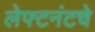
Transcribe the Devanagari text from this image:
लेफ्टनंटचे